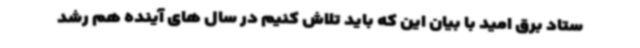
ستاد برق امید با بیان این که باید تلاش کنیم در سال های آینده هم رشد